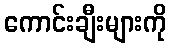
ကောင်းချီးများကို